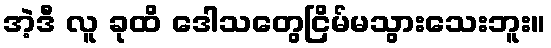
အဲ့ဒီ လူ ခုထိ ဒေါသတွေငြိမ်မသွားသေးဘူး။